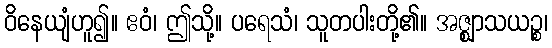
ဝိနေယျံဟူ၍။ ဧဝံ၊ ဤသို့။ ပရေသံ၊ သူတပါးတို့၏။ အဇ္ဈာသယဉ္စ၊